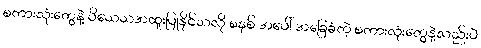
စကားလုံးတွေနဲ့ ဝိသေသအထူးပြုနိုင်သလို စနစ် အပေါ် အခြေခံတဲ့ စကားလုံးတွေနဲ့လည်းပဲ